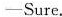
-Sure.